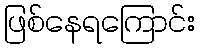
ဖြစ်နေရကြောင်း